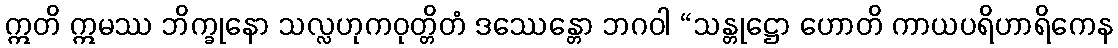
ဣတိ ဣမဿ ဘိက္ခုနော သလ္လဟုကဝုတ္တိတံ ဒဿေန္တော ဘဂဝါ “သန္တုဋ္ဌော ဟောတိ ကာယပရိဟာရိကေန